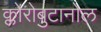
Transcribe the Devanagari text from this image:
क्लोरोबुटानोल